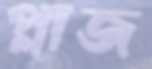
প্লাজ